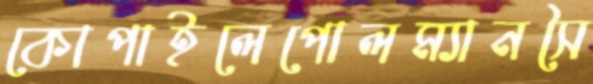
কোপাইলেপোলম্যানসৈ